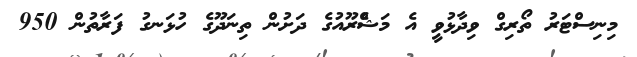
މިނިސްޓަރު ތޯރިގް ވިދާޅުވީ އެ މަޝްެރޫއުގެ ދަށުން ތިނަދޫގެ ހުޅަނގު ފަރާތުން 950